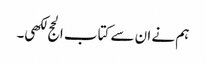
ہم نے ان سے کتاب الحج لکھی۔